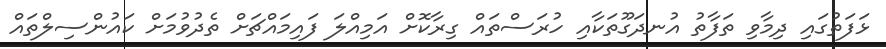
ޅަފަތުގައި ދިމާވި ތަފާތު އުނދަގޫތަކާއި ހުރަސްތައް ގިރާކޮށް އަމިއްލަ ފައިމައްޗަށް ތެދުވުމަށް ކައުންސިލްތައް